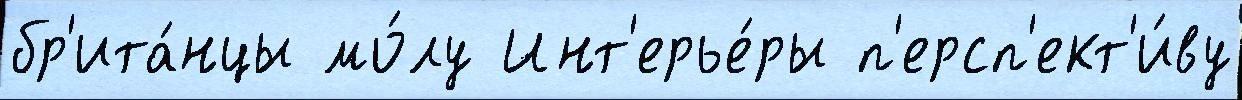
бр'ита́нцы мо́лу Инт'ерье́ры п'ерсп'ект'и́ву